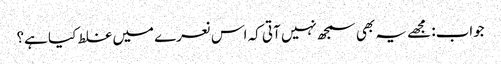
جواب: مجھے یہ بھی سمجھ نہیں آتی کہ اس نعرے میں غلط کیا ہے؟